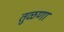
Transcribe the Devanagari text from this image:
तुळणा